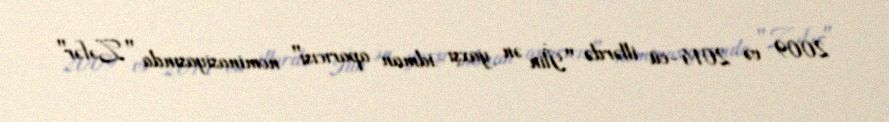
2009 və 2014-cü illərdə "İlin ən yaxşı idman aparıcısı" nominasiyasında "Zəfər"